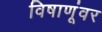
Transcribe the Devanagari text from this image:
विषाणूंवर